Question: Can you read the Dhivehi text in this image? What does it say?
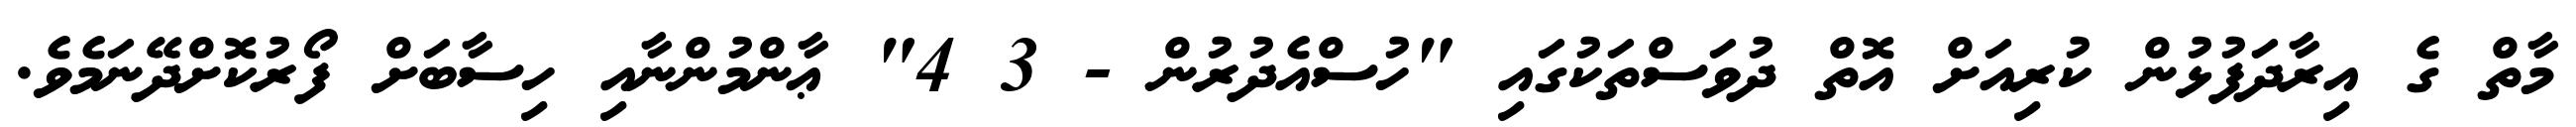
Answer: މާތް ގެ އިރާދަފުޅުން ކުރިއަށް އޮތް ދުވަސްތަކުގައި "ހުސްއެދުރުން - 3 4" ޢާންމުންނާއި ހިސާބަށް ފޯރުކޮށްދޭނަމެވެ.